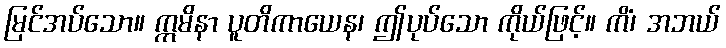
မြင်အပ်သော။ ဣမိနာ ပူတိကာယေန၊ ဤပုပ်သော ကိုယ်ဖြင့်။ ကိံ၊ အဘယ်